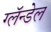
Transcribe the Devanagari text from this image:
ग्लॅन्डेल